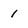
Character: 1